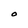
Character: O